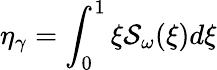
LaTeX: \eta_{\gamma}=\int_{0}^{1}\xi\mathcal{S}_{\omega}(\xi)d\xi